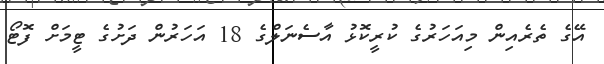
އޭގެ ތެރެއިން މިއަހަރުގެ ކުރީކޮޅު އާސެނަލްގެ 18 އަހަރުން ދަށުގެ ޓީމަށް ފޮޓޯ